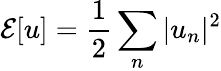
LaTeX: \mathcal{E}[u]=\frac{1}{2}\sum_{n}|u_{n}|^{2}